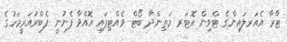
ޓާރާ އެއަރލައިންގެ ޓްވިން އޮޓަރ މަތިންދާ ބޯޓް ވެއްޓިފައި އޮއްވާ ފެނުނީ ފެބްރުއަރީމަހުގެ